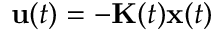
\mathbf { u } ( t ) = - \mathbf { K } ( t ) \mathbf { x } ( t )